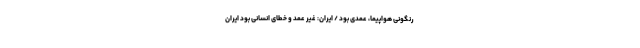
رنگونی هواپیما، عمدی بود / ایران: غیر عمد و خطای انسانی بود ایران